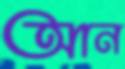
আন